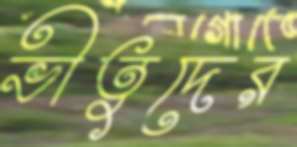
ভীতুদের